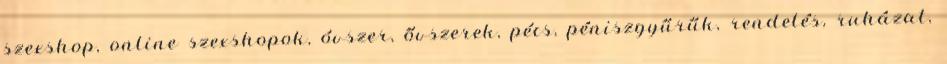
szexshop, online szexshopok, óvszer, ővszerek, pécs, péniszgyűrűk, rendelés, ruházat,